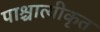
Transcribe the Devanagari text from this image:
पाश्चात्यीकृत